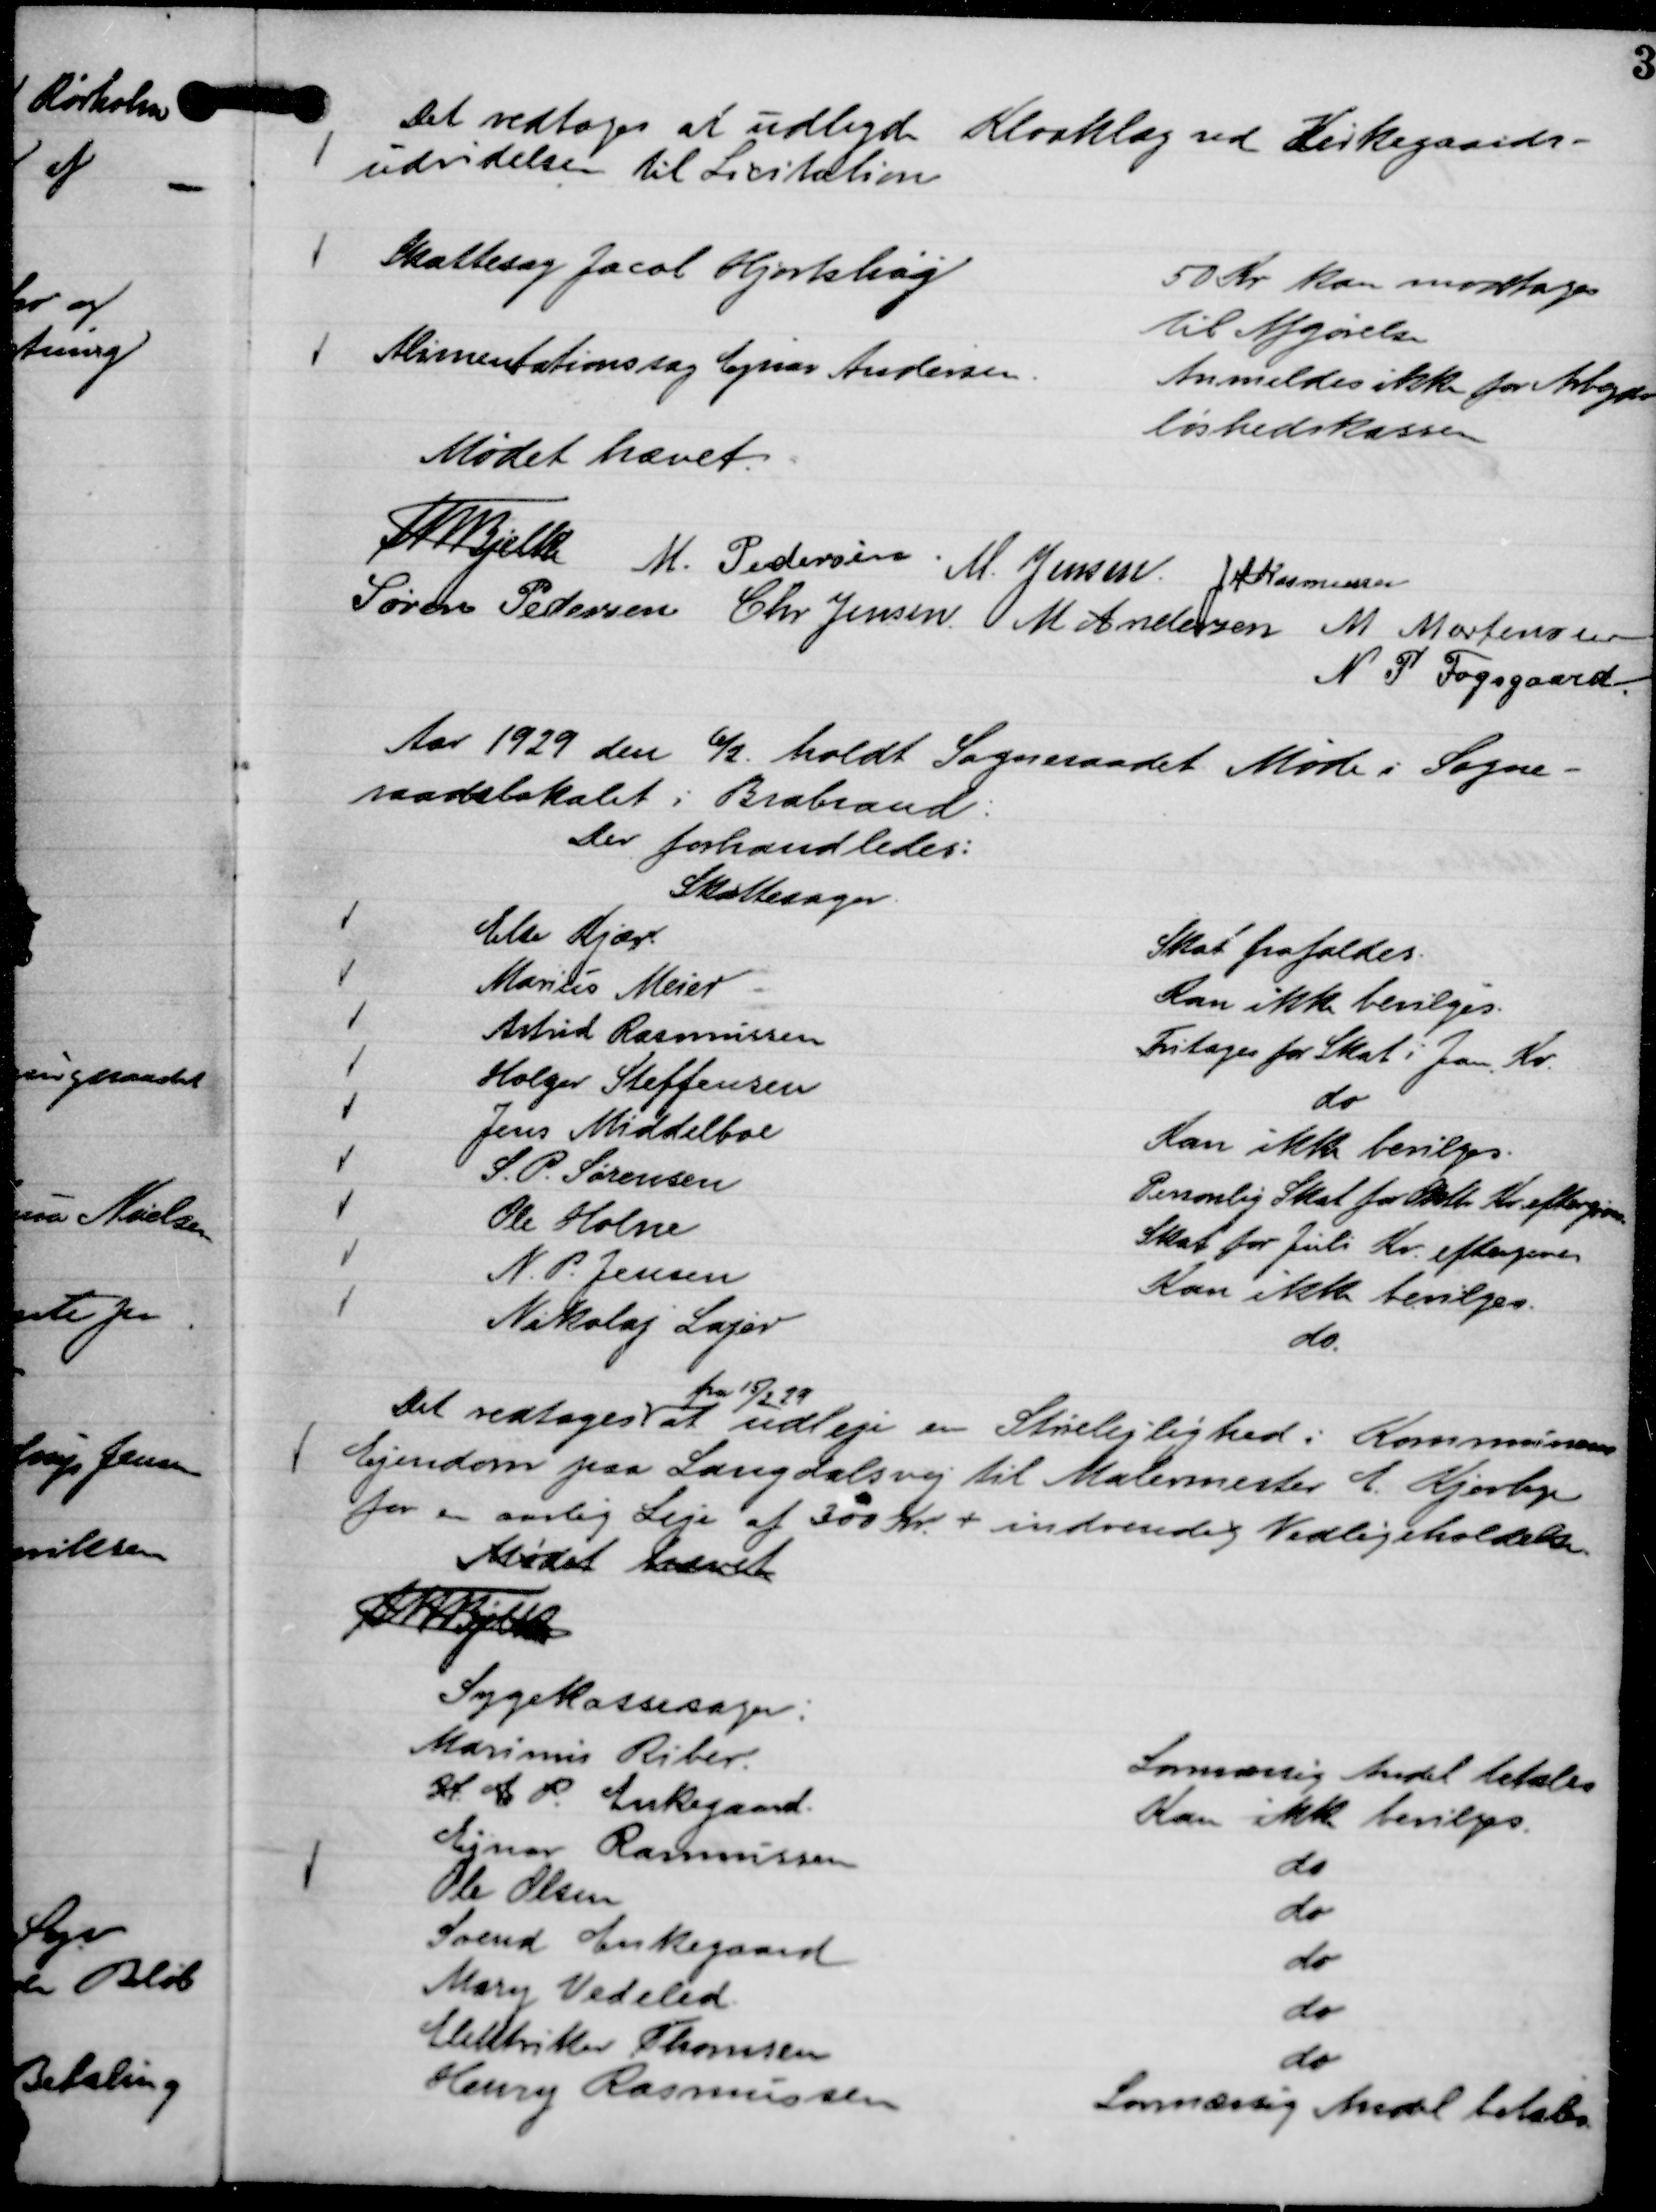
Transskription:
Det vedtoges at udbyde Kloaklag ved Kirkegaards-
udvidelsen til Licitation

Skattesag Jacob Hjortshøj

50 Kr kan modtages
til Afgørelse

Alimentationssag Ejnar Andersen.

Anmeldes ikke for Arbejds
løshedskassen

Mødet hævet
Th Bjelke
M. Pedersen
M. Jensen
J M Rasmussen
Søren Pedersen
Chr Jensen
M Andersen
M Mortensen
N P Fogsgaard.

Aar 1929 den 6/2. holdt Sogneraadet Møde i Sogne-
raadslokalet i Brabrand:
Der forhandledes:

Skattesager.
Else Kjær
Skat frafaldes.
Marius Meier
Kan ikke bevilges.
Astrid Rasmussen
Fritages for Skat i Jan. Kv.
Holger Steffensen
do
Jens Middelboe
Kan ikke bevilges.
S. P. Sørensen
Personlig Skat for Oktbr Kv. eftergives.
Ole Holm
Skat for Juli Kv. eftergives
N. P. Jensen
Kan ikke bevilges.
Nikolaj Lajer
do.

Det vedtages
fra 15/2 29
at udleje en Stuelejlighed i Kommunens
Ejendom paa Langdalsvej til Malermester E. Kjerbye
for en aarlig Leje af 300 Kr. + indvendig Vedligeholdelse.

Mødet hævet
Th Bjelke

Sygekassesager:
Marinus Riber.
Lovmæssig Andel betales
H C P. Enkegaard.
Kan ikke bevilges.
Ejnar Rasmussen
do
Ole Olsen
do
Svend Enkegaard
do
Mary Vedeled
do
Elektriker Thomsen
do
Henry Rasmussen
Lovmæssig Andel betales.